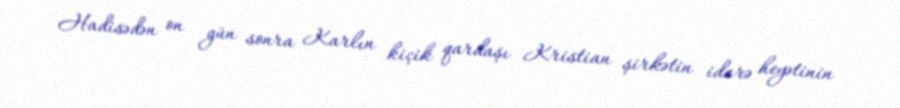
Hadisədən on gün sonra Karlın kiçik qardaşı Kristian şirkətin idarə heyətinin